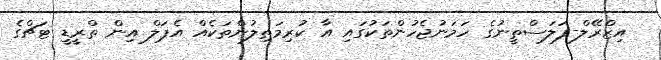
އިޒްރޭލް-ފަލަސްތީނުގެ ހަމަނުޖެހުންތަކުގައި އާ ކުރިމަތިލުންތަކެއް އެޕަލް އިން ތްރީޑީ ޓަޗްގެ